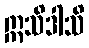
ဣသိဒါသိ